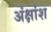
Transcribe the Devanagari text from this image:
अंक्षांश